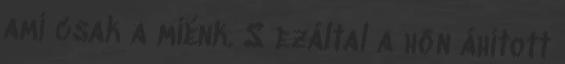
ami csak a miénk. S ezáltal a hőn áhított